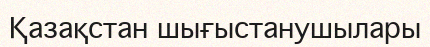
Қазақстан шығыстанушылары